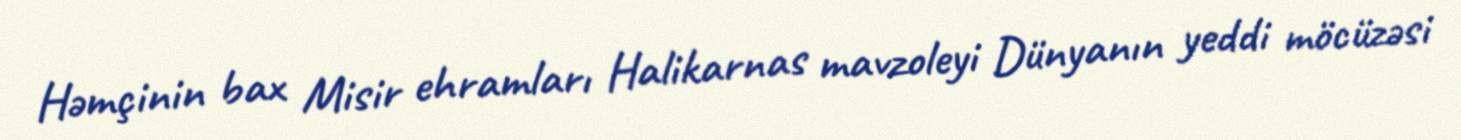
Həmçinin bax Misir ehramları Halikarnas mavzoleyi Dünyanın yeddi möcüzəsi